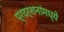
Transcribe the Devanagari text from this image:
प्रदर्शनांमध्ये